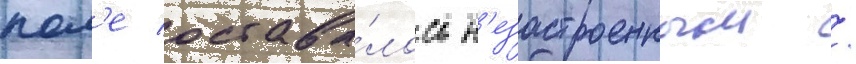
пол'е остава́лось н'езастроенным /